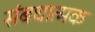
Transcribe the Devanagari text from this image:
संबधात्मक